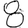
Digit: 8